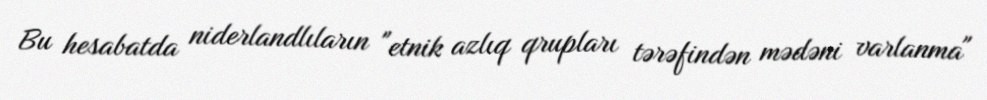
Bu hesabatda niderlandlıların "etnik azlıq qrupları tərəfindən mədəni varlanma"